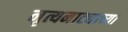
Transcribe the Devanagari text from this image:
नृत्यनाट्याच्या